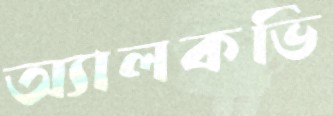
অ্যালকভি